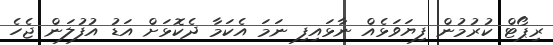
ރިޕޯޓް ކުރުމުން ފިޔަވަޅެއް ނާޅައިފި ނަމަ އެކަމާ ދެކޮޅަށް އަޑު އުފުލަން ޖެހެ